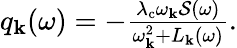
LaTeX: \begin{array}{r}{q_{\mathrm{\mathbf{k}}}(\omega)=-\frac{\lambda_{\mathrm{c}}\omega_{\mathbf{k}}\mathcal{S}(\omega)}{\omega_{\mathbf{k}}^{2}+L_{\mathbf{k}}(\omega)}.}\end{array}